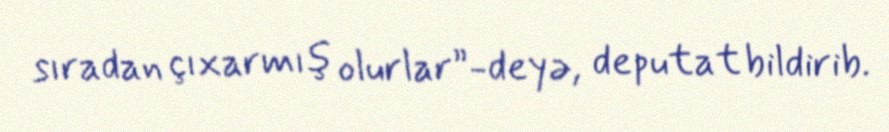
sıradan çıxarmış olurlar”-deyə, deputat bildirib.